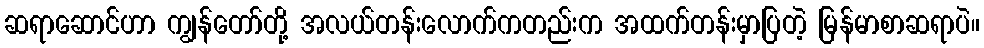
ဆရာဆောင်ဟာ ကျွန်တော်တို့ အလယ်တန်းလောက်ကတည်းက အထက်တန်းမှာပြတဲ့ မြန်မာစာဆရာပဲ။